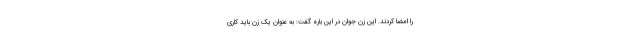
را امضا کردند. این زن جوان در این باره گفت: به عنوان یک زن باید کاری